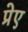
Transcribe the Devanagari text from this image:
प्रेए